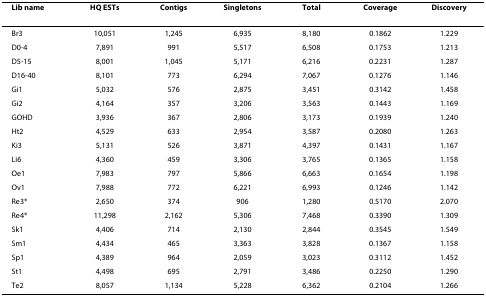
| Lib name | HQ ESTs | Contigs | Singletons | Total | Coverage | Discovery |
 | --- | --- | --- | --- | --- | --- | --- |
 | Br3 | 10,051 | 1,245 | 6,935 | 8,180 | 0.1862 | 1.229 |
 | D0-4 | 7,891 | 991 | 5,517 | 6,508 | 0.1753 | 1.213 |
 | D5-15 | 8,001 | 1,045 | 5,171 | 6,216 | 0.2231 | 1.287 |
 | D16-40 | 8,101 | 773 | 6,294 | 7,067 | 0.1276 | 1.146 |
 | Gi1 | 5,032 | 576 | 2,875 | 3,451 | 0.3142 | 1.458 |
 | Gi2 | 4,164 | 357 | 3,206 | 3,563 | 0.1443 | 1.169 |
 | GOHD | 3,936 | 367 | 2,806 | 3,173 | 0.1939 | 1.240 |
 | Ht2 | 4,529 | 633 | 2,954 | 3,587 | 0.2080 | 1.263 |
 | Ki3 | 5,131 | 526 | 3,871 | 4,397 | 0.1431 | 1.167 |
 | Li6 | 4,360 | 459 | 3,306 | 3,765 | 0.1365 | 1.158 |
 | Oe1 | 7,983 | 797 | 5,866 | 6,663 | 0.1654 | 1.198 |
 | Ov1 | 7,988 | 772 | 6,221 | 6,993 | 0.1246 | 1.142 |
 | Re3* | 2,650 | 374 | 906 | 1,280 | 0.5170 | 2.070 |
 | Re4* | 11,298 | 2,162 | 5,306 | 7,468 | 0.3390 | 1.309 |
 | Sk1 | 4,406 | 714 | 2,130 | 2,844 | 0.3545 | 1.549 |
 | Sm1 | 4,434 | 465 | 3,363 | 3,828 | 0.1367 | 1.158 |
 | Sp1 | 4,389 | 964 | 2,059 | 3,023 | 0.3112 | 1.452 |
 | St1 | 4,498 | 695 | 2,791 | 3,486 | 0.2250 | 1.290 |
 | Te2 | 8,057 | 1,134 | 5,228 | 6,362 | 0.2104 | 1.266 |